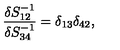
\frac { \delta S _ { 1 2 } ^ { - 1 } } { \delta S _ { 3 4 } ^ { - 1 } } = \delta _ { 1 3 } \delta _ { 4 2 } ,